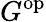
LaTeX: G^{\mathrm{op}}